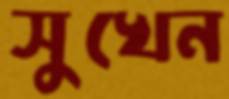
সুখেন